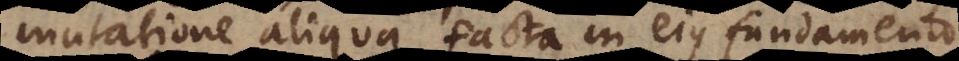
mutatione aliqua facta in ejus fundamento